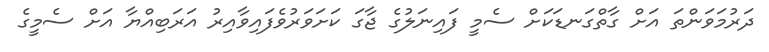
ދަރުމަވަންތަ އަށް ގާތްގަނޑަކަށް ސެމީ ފައިނަލުގެ ޖާގަ ކަށަވަރުވެފައިވާއިރު އަރަބިއްޔާ އަށް ސެމީގެ